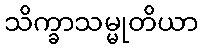
သိက္ခာသမ္မုတိယာ